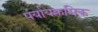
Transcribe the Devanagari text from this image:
पर्यायक्रमिक